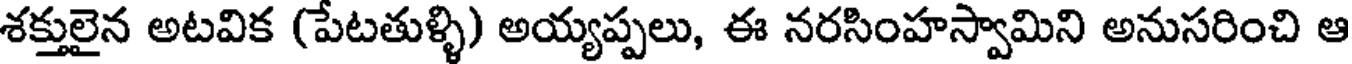
శక్తులైన అటవిక (పేటతుళ్ళి) అయ్యప్పలు, ఈ నరసింహస్వామిని అనుసరించి ఆ